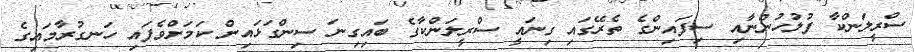
ސްރީލަންކާ ފުލުހުންނާއި ސިފައިންގެ ތެރޭގައި ގިނައީ ސްރީލަންކާގެ ބައިގިނަ ސިންގަޅައިން ކަމަށްވެފައި ހަނގުރާމައިގެ